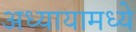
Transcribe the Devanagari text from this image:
अध्यायामध्ये